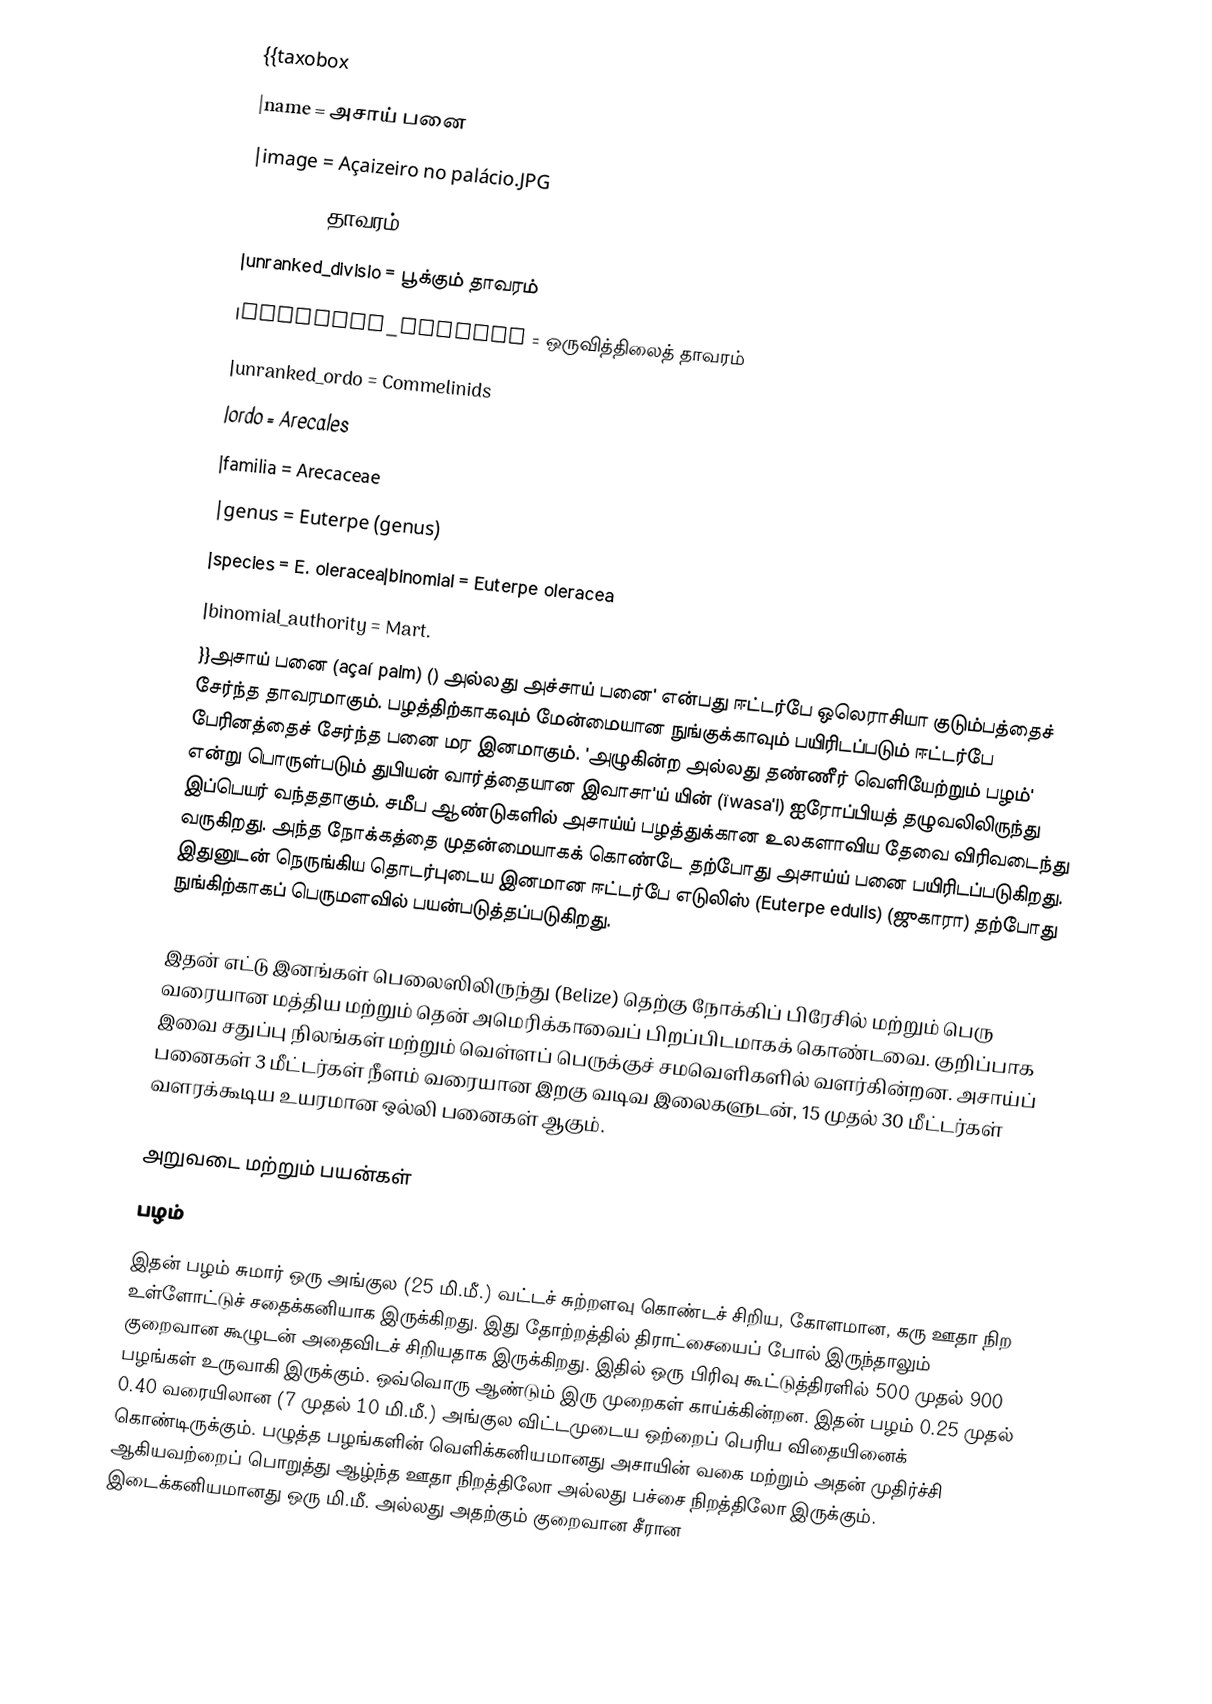
{{taxobox
|name = அசாய் பனை
|image = Açaizeiro no palácio.JPG
|regnum = தாவரம்
|unranked_divisio = பூக்கும் தாவரம்
|unranked_classis = ஒருவித்திலைத் தாவரம்
|unranked_ordo = Commelinids
|ordo = Arecales
|familia = Arecaceae
|genus = Euterpe (genus)
|species = E. oleracea|binomial = Euterpe oleracea
|binomial_authority = Mart.
}}அசாய் பனை (açaí palm) () அல்லது அச்சாய் பனை' என்பது ஈட்டர்பே ஒலெராசியா குடும்பத்தைச் சேர்ந்த தாவரமாகும். பழத்திற்காகவும் மேன்மையான நுங்குக்காவும் பயிரிடப்படும் ஈட்டர்பே பேரினத்தைச் சேர்ந்த பனை மர இனமாகும். 'அழுகின்ற அல்லது தண்ணீர் வெளியேற்றும் பழம்' என்று பொருள்படும் துபியன் வார்த்தையான இவாசா'ய் யின் (ïwasa'i) ஐரோப்பியத் தழுவலிலிருந்து இப்பெயர் வந்ததாகும். சமீப ஆண்டுகளில் அசாய்ய் பழத்துக்கான உலகளாவிய தேவை விரிவடைந்து வருகிறது. அந்த நோக்கத்தை முதன்மையாகக் கொண்டே தற்போது அசாய்ய் பனை பயிரிடப்படுகிறது. இதுனுடன் நெருங்கிய தொடர்புடைய இனமான ஈட்டர்பே எடுலிஸ் (Euterpe edulis) (ஜுகாரா) தற்போது நுங்கிற்காகப் பெருமளவில் பயன்படுத்தப்படுகிறது.

இதன் எட்டு இனங்கள் பெலைஸிலிருந்து (Belize) தெற்கு நோக்கிப் பிரேசில் மற்றும் பெரு வரையான மத்திய மற்றும் தென் அமெரிக்காவைப் பிறப்பிடமாகக் கொண்டவை. குறிப்பாக இவை சதுப்பு நிலங்கள் மற்றும் வெள்ளப் பெருக்குச் சமவெளிகளில் வளர்கின்றன. அசாய்ப் பனைகள் 3 மீட்டர்கள் நீளம் வரையான இறகு வடிவ இலைகளுடன், 15 முதல் 30 மீட்டர்கள் வளரக்கூடிய உயரமான ஒல்லி பனைகள் ஆகும்.

 அறுவடை மற்றும் பயன்கள்
 பழம்
இதன் பழம் சுமார் ஒரு அங்குல (25 மி.மீ.) வட்டச் சுற்றளவு கொண்டச் சிறிய, கோளமான, கரு ஊதா நிற உள்ளோட்டுச் சதைக்கனியாக இருக்கிறது. இது தோற்றத்தில் திராட்சையைப் போல் இருந்தாலும் குறைவான கூழுடன் அதைவிடச் சிறியதாக இருக்கிறது. இதில் ஒரு பிரிவு கூட்டுத்திரளில் 500 முதல் 900 பழங்கள் உருவாகி இருக்கும். ஒவ்வொரு ஆண்டும் இரு முறைகள் காய்க்கின்றன. இதன் பழம் 0.25 முதல் 0.40 வரையிலான (7 முதல் 10 மி.மீ.) அங்குல விட்டமுடைய ஒற்றைப் பெரிய விதையினைக் கொண்டிருக்கும். பழுத்த பழங்களின் வெளிக்கனியமானது அசாயின் வகை மற்றும் அதன் முதிர்ச்சி ஆகியவற்றைப் பொறுத்து ஆழ்ந்த ஊதா நிறத்திலோ அல்லது பச்சை நிறத்திலோ இருக்கும். இடைக்கனியமானது ஒரு மி.மீ. அல்லது அதற்கும் குறைவான சீரான